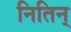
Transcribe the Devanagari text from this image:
नितिन्